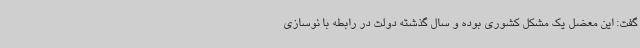
گفت: این معضل یک مشکل کشوری بوده و سال گذشته دولت در رابطه با نوسازی